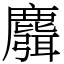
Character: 麛